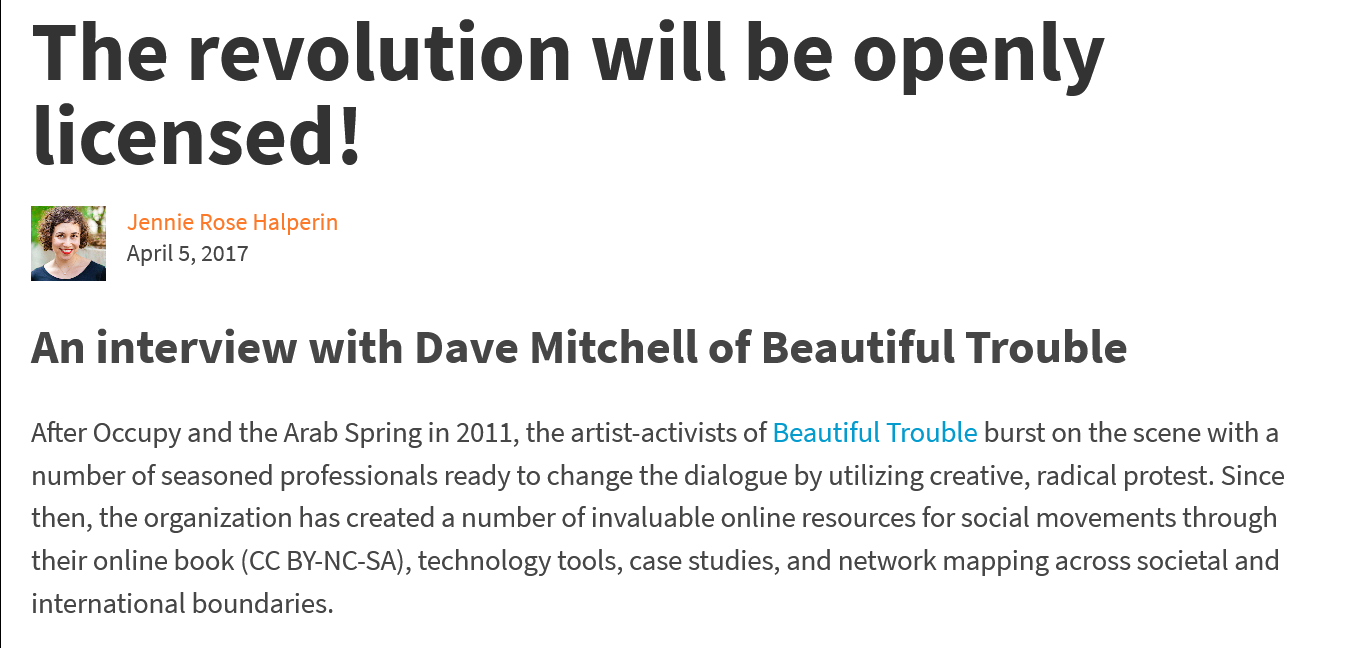
The    revolution    will    be    openly
   licensed!
     Jennie Rose Halperin
     April 5, 2017
   An   interview    with    Dave    Mitchell    of  Beautiful    Trouble
   After Occupy and the Arab Spring in 2011, the artist-activists of Beautiful Trouble burst on the scene with a
   number of seasoned professionals ready to change the dialogue by utilizing creative, radical protest. Since
   then, the organization has created a number of invaluable online resources for social movements through
   their online book (CC BY-NC-SA), technology tools, case studies, and network mapping across societal and
   international boundaries.